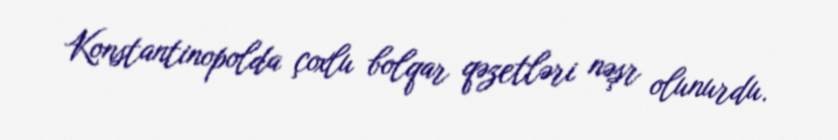
Konstantinopolda çoxlu bolqar qəzetləri nəşr olunurdu.